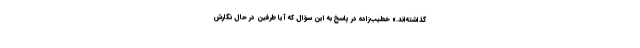
گذاشته‌اند.» خطیب‌زاده در پاسخ به این سؤال که آیا طرفین در حال نگارش